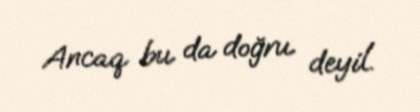
Ancaq bu da doğru deyil.